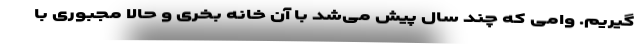
گیریم. وامی که چند سال پیش می‌شد با آن خانه بخری و حالا مجبوری با